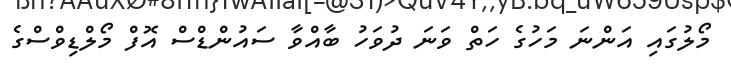
މޯލުގައި އަންނަ މަހުގެ ހަތް ވަނަ ދުވަހު ބާއްވާ ސައުންޑްސް އޮފް މޯލްޑިވްސްގެ